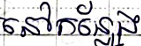
នៅកន្លែង